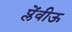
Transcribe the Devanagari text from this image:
प्लेंवीऊ